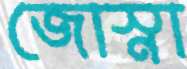
জোস্না